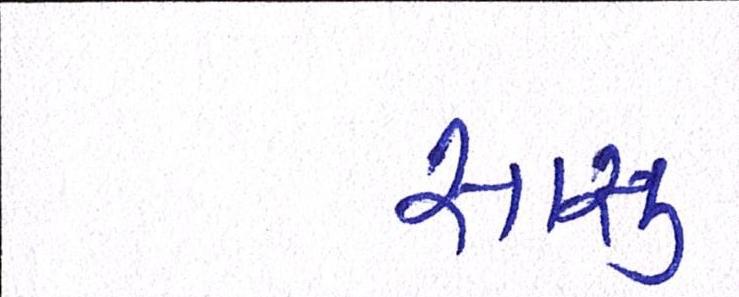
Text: સાસુ